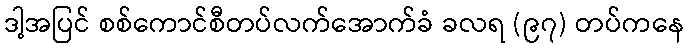
ဒါ့အပြင် စစ်ကောင်စီတပ်လက်အောက်ခံ ခလရ (၉၇) တပ်ကနေ